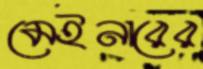
মেইনারের